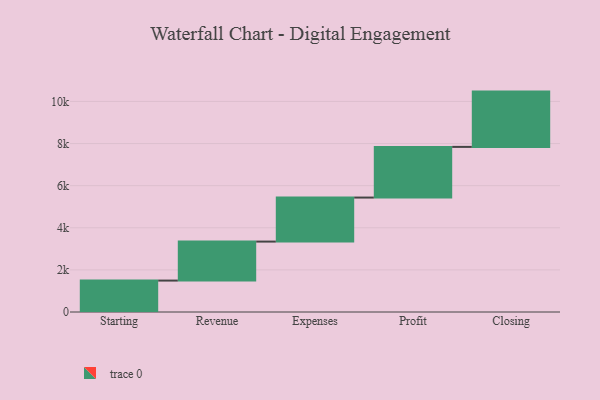
{"axis": {"x": "Step", "y": "Value"}, "legend": [""], "data": [{"x": "Starting", "y": 1492.0, "type": ""}, {"x": "Revenue", "y": 1852.0, "type": ""}, {"x": "Expenses", "y": 2091.0, "type": ""}, {"x": "Profit", "y": 2406.0, "type": ""}, {"x": "Closing", "y": 2626.0, "type": ""}]}